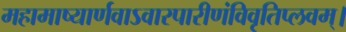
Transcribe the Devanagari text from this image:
महामाष्यार्णवाऽवारपारीणंविवृतिप्लवम्।